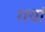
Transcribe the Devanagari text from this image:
गयां